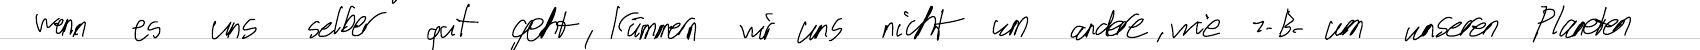
wenn es uns selber gut geht, kümmern wir uns nicht um andere, wie z.B. um unseren Planeten